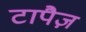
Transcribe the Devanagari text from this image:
टापैज़